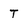
Character: T